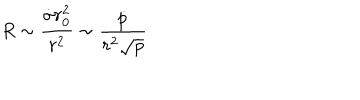
R \sim { \frac { \dot { \sigma } r _ { 0 } ^ { 2 } } { r ^ { 2 } } } \sim { \frac { \dot { p } } { r ^ { 2 } { \sqrt p } } }